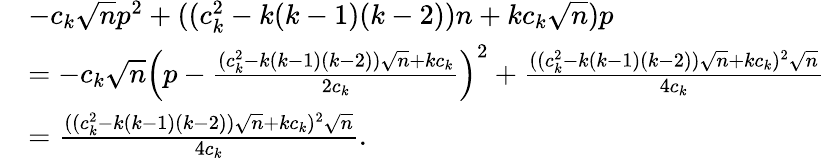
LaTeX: \begin{array}{rl}&{-c_{k}\sqrt{n}p^{2}+((c_{k}^{2}-k(k-1)(k-2))n+kc_{k}\sqrt{n})p}\\ &{=-c_{k}\sqrt{n}\left(p-\frac{(c_{k}^{2}-k(k-1)(k-2))\sqrt{n}+kc_{k}}{2c_{k}}\right)^{2}+\frac{((c_{k}^{2}-k(k-1)(k-2))\sqrt{n}+kc_{k})^{2}\sqrt{n}}{4c_{k}}}\\ &{=\frac{((c_{k}^{2}-k(k-1)(k-2))\sqrt{n}+kc_{k})^{2}\sqrt{n}}{4c_{k}}.}\end{array}